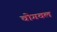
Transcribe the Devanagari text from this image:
चोगवल